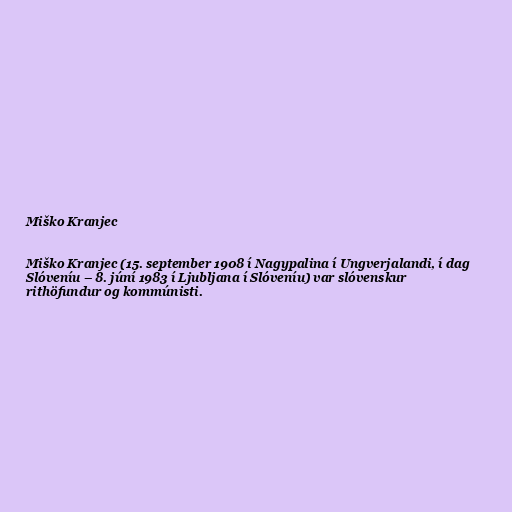
Miško Kranjec

Miško Kranjec (15. september 1908 í Nagypalina í Ungverjalandi, í dag
Slóveníu – 8. júní 1983 í Ljubljana í Slóveníu) var slóvenskur
rithöfundur og kommúnisti.